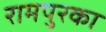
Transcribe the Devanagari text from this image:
रामपुरका